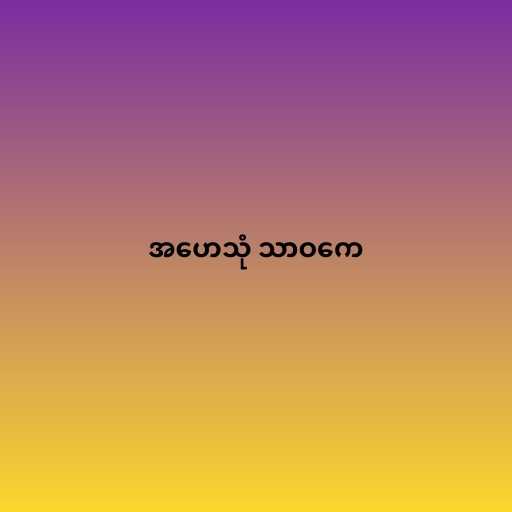
အဟေသုံ သာဝကေ